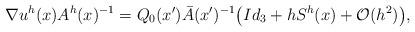
LaTeX: \begin{align*}\nabla u^h(x)A^h(x)^{-1} = Q_0(x')\bar A(x')^{-1}\big(Id_3 + hS^h(x) +\mathcal{O}(h^2)\big),\end{align*}